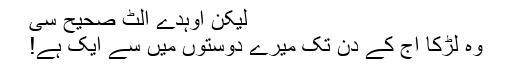
لیکن اُوہدے اُلٹ صحیح سی
وہ لڑکا آج کے دِن تک میرے دوستوں میں سے ایک ہے!